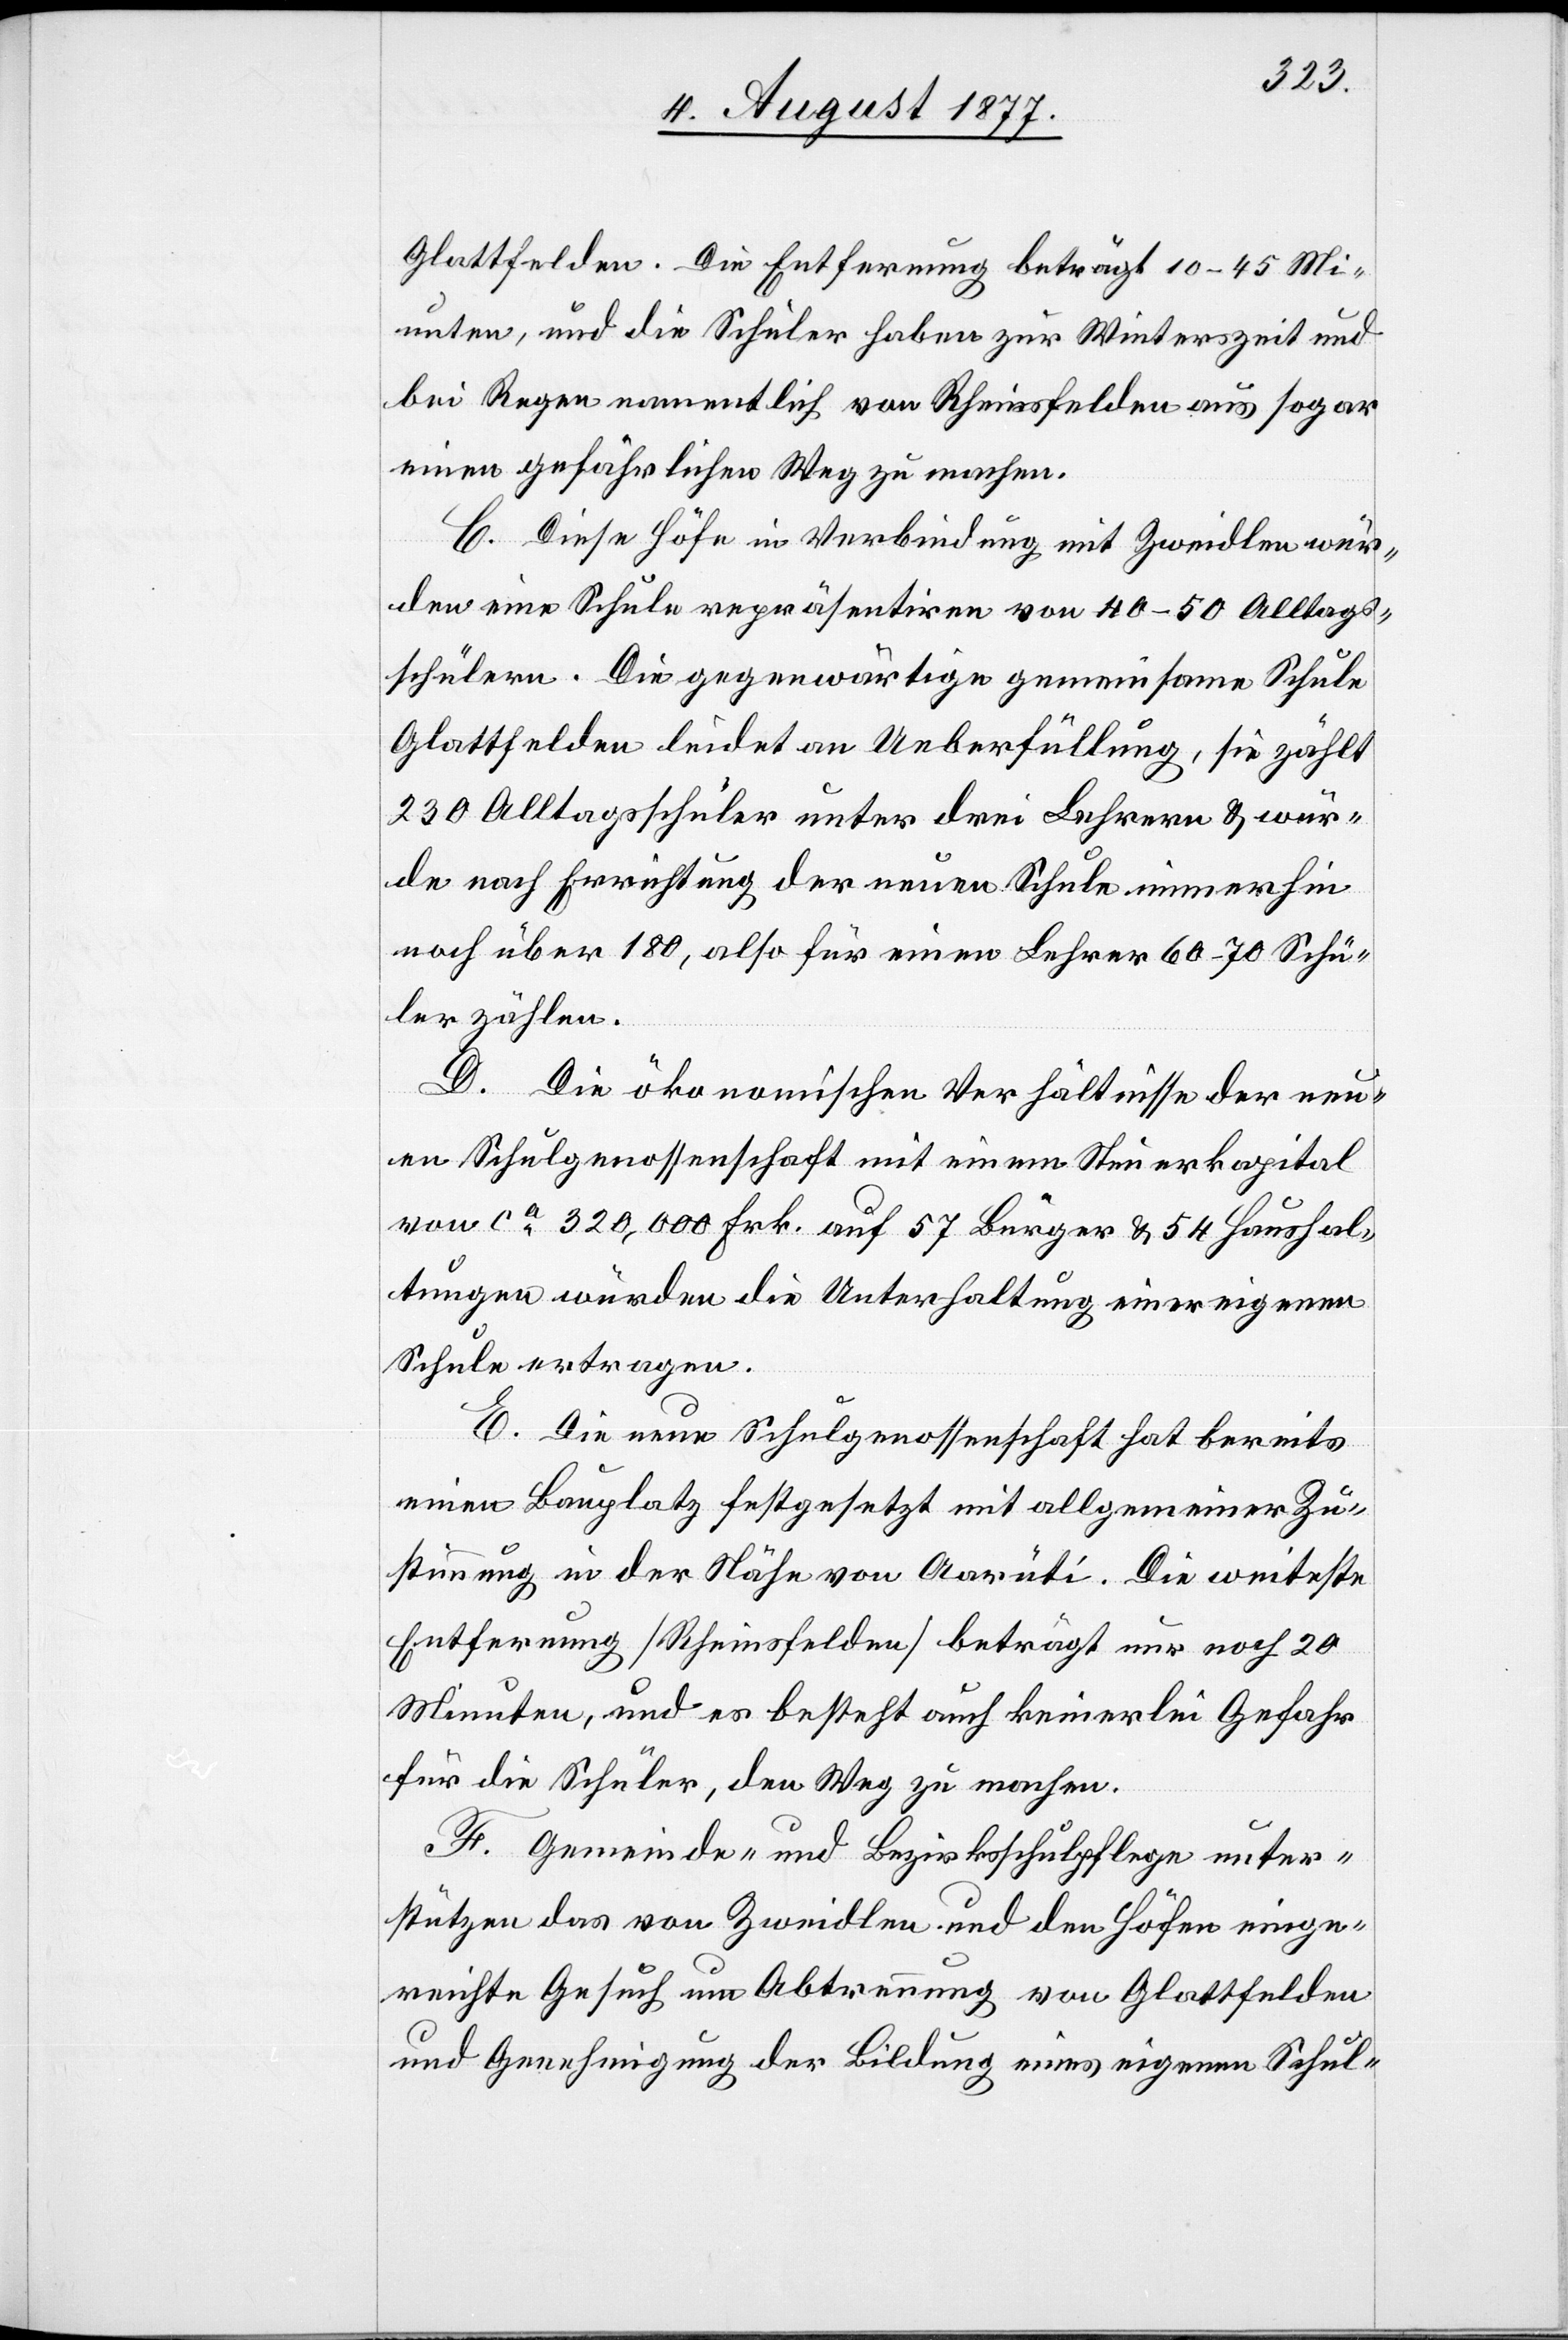
Glattfelden. Die Entfernung beträgt 10–45 Mi¬
nuten, und die Schüler haben zur Winterszeit und
bei Regen namentlich von Rheinsfelden aus sogar
einen gefährlichen Weg zu machen.
C. Diese Höfe in Verbindung mit Zweidlen wür¬
den eine Schule repräsentiren von 40–50 Alltags¬
schülern. Die gegenwärtige gemeinsame Schule
Glattfelden leidet an Ueberfüllung, sie zählt
230 Alltagsschüler unter drei Lehrern & wür¬
de nach Errichtung der neuen Schule immerhin
noch über 180, also für einen Lehrer 60–70 Schü¬
ler zählen.
D. Die ökonomischen Verhältnisse der neu¬
en Schulgenossenschaft mit einem Steuerkapital
von ca 320,000 Frk. auf 57 Bürger & 54 Haushal¬
tungen würden die Unterhaltung einer eigenen
Schule ertragen.
E. Die neue Schulgenossenschaft hat bereits
einen Bauplatz festgesetzt mit allgemeiner Zu¬
stimmung in der Nähe von Aarüti. Die weiteste
Entfernung [Rheinsfelden] beträgt nur noch 20
Minuten, und es besteht auch keinerlei Gefahr
für die Schüler, den Weg zu machen.
F. Gemeinde- und Bezirksschulpflege unter¬
stützen das von Zweidlen und den Höfen einge¬
reichte Gesuch um Abtrennung von Glattfelden
und Genehmigung der Bildung eines eigenen Schul-